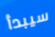
سيبدأ